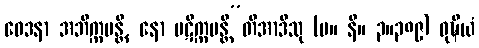
ဝေဒနာ အဘိက္ကမန္တိ, နော ပဋိက္ကမန္တီ”တိအာဒီသု (မ။ နိ။ ၃။၃၈၉) ဝုဍ္ဎိယံ